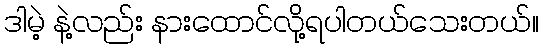
ဒါမဲ့ နဲ့လည်း နားထောင်လို့ရပါတယ်သေးတယ်။